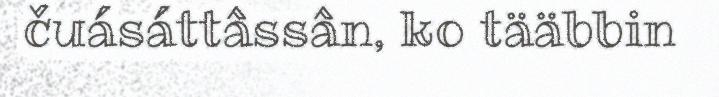
čuásáttâssân, ko tääbbin